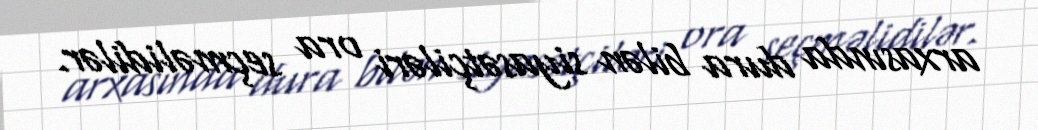
arxasında dura bilən siyasətçiləri ora seçməlidilər.